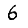
Digit: 6